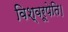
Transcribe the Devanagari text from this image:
विश्वरूपेति।